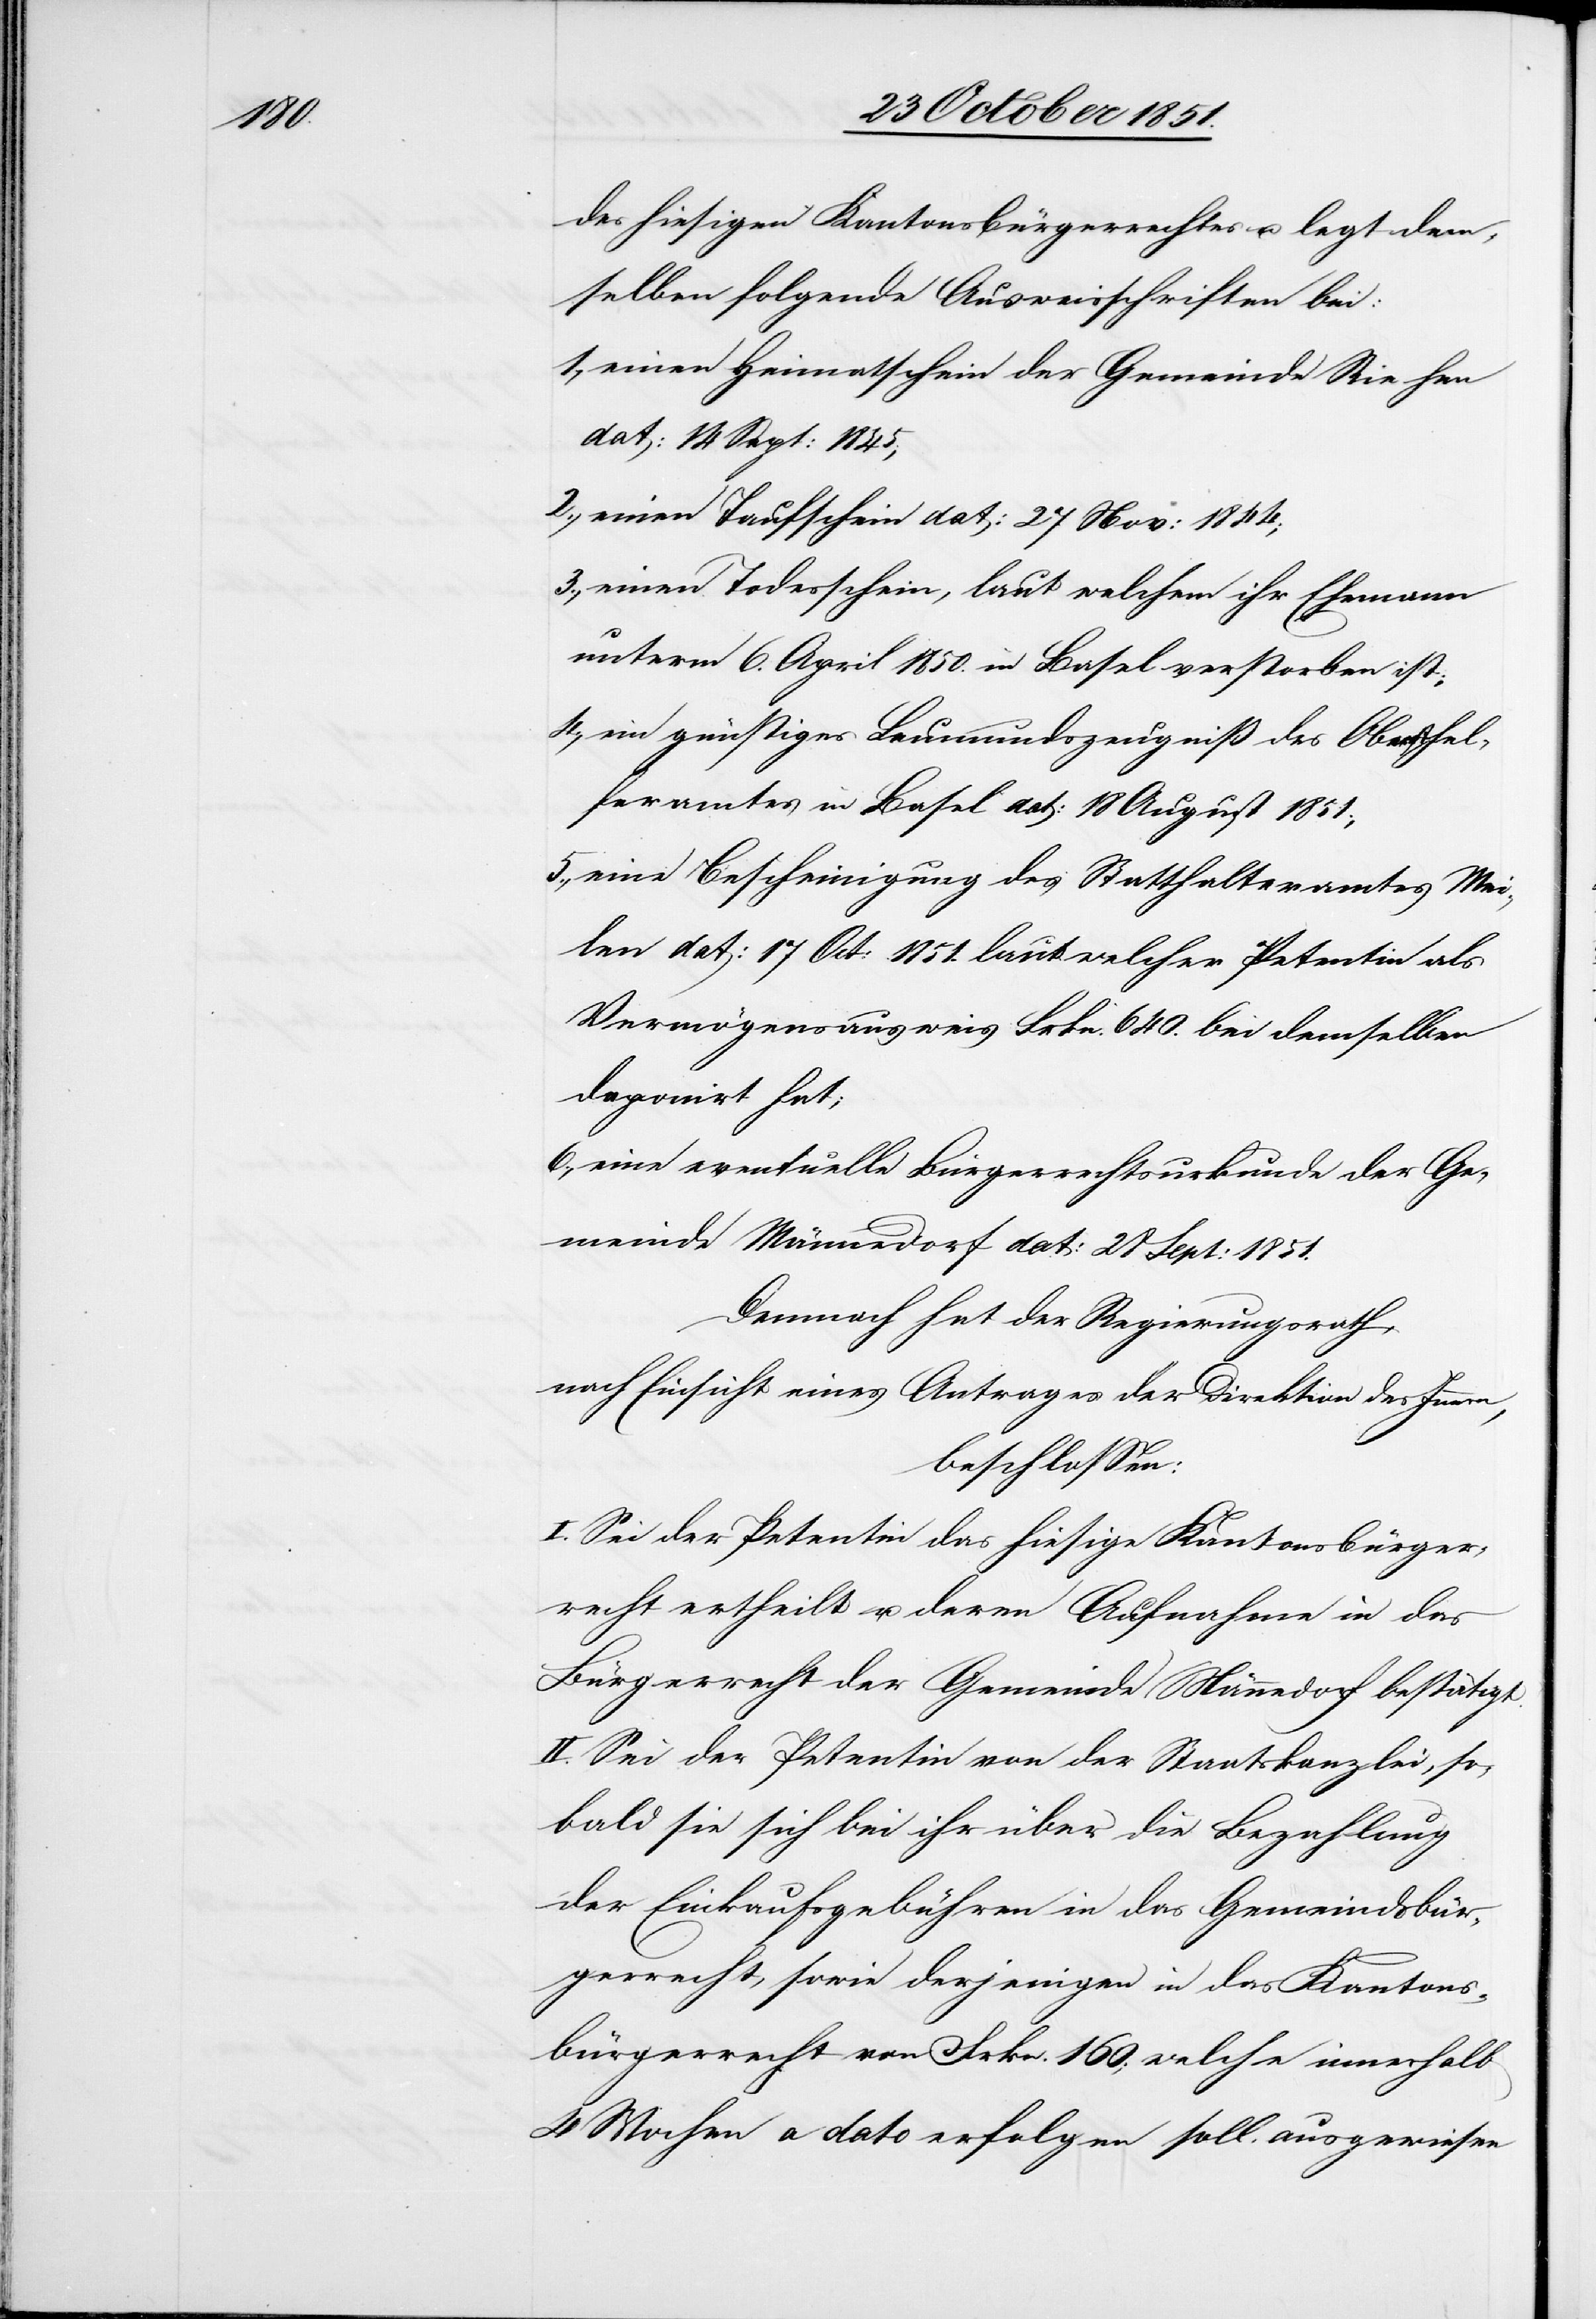
des hiesigen Kantonsbürgerrechtes u. legt dem¬
selben folgende Ausweisschriften bei:
einen Heimatschein der Gemeinde Riehen
dat: 14 Sept: 1845;
einen Taufschein dat: 27 Nov: 1844;
einen Todesschein, laut welchem ihr Ehemann
unterm 6. April 1850. in Basel verstorben ist;
ein günstiges Leumundszeugniß des Obersthel¬
feramtes in Basel dat: 18 August 1851;
eine Bescheinigung des Statthalteramtes Mei¬
len dat: 17 Oct: 1851. laut welcher Petentin als
Vermögensausweis Frkn. 640. bei demselben
deponirt hat;
eine eventuelle Bürgerrechtsurkunde der Ge¬
meinde Männedorf dat: 28 Sept: 1851.
Demnach hat der Regierungsrath,
nach Einsicht eines Antrages der Direktion des Innern,
beschlossen:
I. Sei der Petentin das hiesige Kantonsbürger¬
recht ertheilt u. deren Aufnahme in das
Bürgerrecht der Gemeinde Männedorf bestätigt.
II. Sei der Petentin von der Staatskanzlei, so¬
bald sie sich bei ihr über die Bezahlung
der Einkaufsgebühren in das Gemeindsbür¬
gerrecht, sowie derjenigen in das Kantons¬
bürgerrecht von Frkn. 160; welche innerhalb
4 Wochen a dato erfolgen soll ausgewiesen